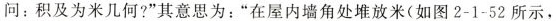
问：积及为米几何?”其意思为：”在屋内墙角处堆放米(如图2-1-52所示，